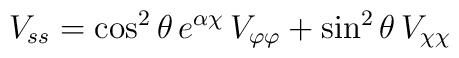
V_{ss}= \cos^2\theta\,e^{\alpha\chi}\,V_{\varphi\varphi}+\sin^2\theta\,V_{\chi\chi}